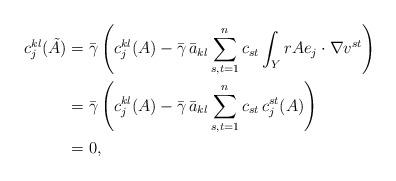
LaTeX: \begin{align*}c_j^{kl}(\tilde{A}) &=\bar{\gamma}\left(c_j^{kl}(A) -\bar{\gamma}\,\bar{a}_{kl} \sum_{s,t=1}^n c_{st} \int_Y r A e_j\cdot \nabla v^{st}\right) \\&=\bar{\gamma}\left(c_j^{kl}(A) -\bar{\gamma}\,\bar{a}_{kl} \sum_{s,t=1}^n c_{st} \,c_j^{st}(A) \right)\\&=0,\end{align*}